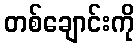
တစ်ချောင်းကို